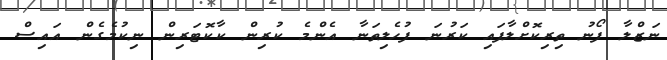
ނަޒްލާ ފޯނު ތިރިކޮށްލާފައި ކަރުނަ ފުހެލިތަނާ އެންމެ ކުރިން ކާކޮޓަރިން ނިކުމެގެން އައިސް